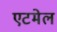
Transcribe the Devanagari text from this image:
एटमेल